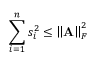
\sum _ { i = 1 } ^ { n } s _ { i } ^ { 2 } \leq \left\lVert \mathbf { A } \right\rVert _ { F } ^ { 2 }